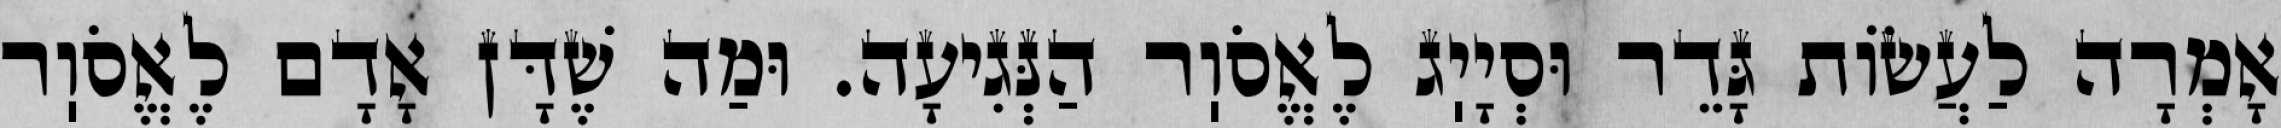
אָמְרָה לַעֲשׂוֹת גָּדֵר וּסְיָיֽג לֶאֱסֹוֽר הַנְּגִיעָה. וּמַה שֶׁדָּן אָדָם לֶאֱסֹוֽר